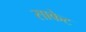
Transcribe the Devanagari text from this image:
साकेट